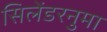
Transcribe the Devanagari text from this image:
सिलेंडरनुमा